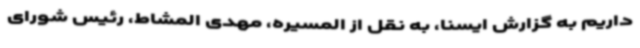
‌داریم به گزارش ایسنا، به نقل از المسیره، مهدی المشاط، رئیس شورای